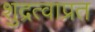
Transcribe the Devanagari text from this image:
शुद्रत्वाप्रत